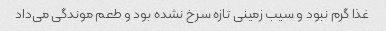
غذا گرم نبود و سیب زمینی تازه سرخ نشده بود و طعم موندگی می‌داد